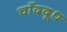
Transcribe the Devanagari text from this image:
चाँददूध